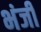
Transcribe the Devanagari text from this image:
भंजी